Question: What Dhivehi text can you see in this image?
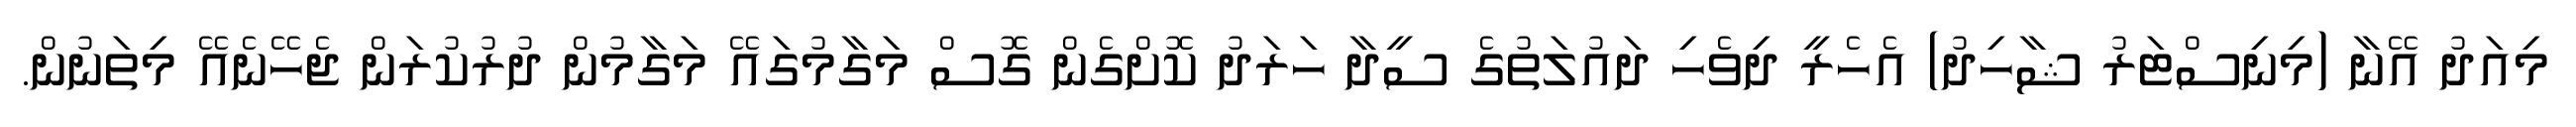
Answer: މިއަދު އޭނާ (މިނިސްޓަރު ޝާހިދު) އެހެރީ ދިވެހި ދައުލަތުގެ ސީދާ ހަރަދު ކޮށްގެން ގޮސް މަގާމުގައޭ މަގާމުން ދުރުކުރަން ޖެހޭނެއޭ މިތަނުން.